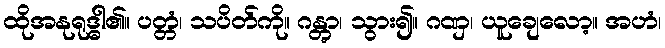
ထိုအနုရုဒ္ဓါ၏။ ပတ္တံ၊ သပိတ်ကို။ ဂန္တွာ၊ သွား၍။ ဂဏှ၊ ယူချေလော့။ အဟံ၊